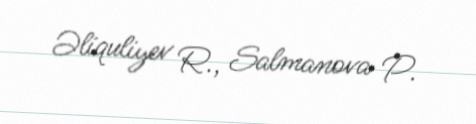
Əliquliyev R., Salmanova P.